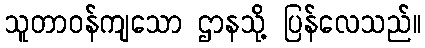
သူတာဝန်ကျသော ဌာနသို့ ပြန်လေသည်။